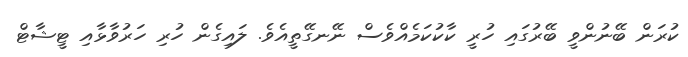
ކުރަން ބޭނުންވީ ބޭރުގައި ހުރީ ކާކުކަމެއްވެސް ނޭނގޭތީއެވެ. ލައިގެން ހުރި ހަރުވާޅާއި ޓީޝާޓް